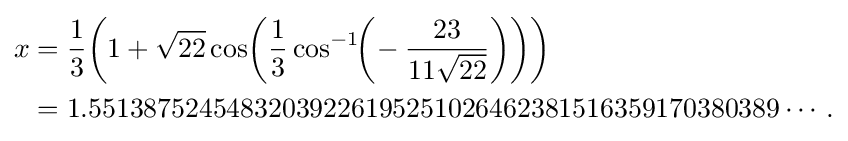
{\begin{aligned}x&={1 \over 3}{\bigg (}1+{\sqrt {22}}\cos \!{\bigg (}{1 \over 3}\cos ^{-1}\!\!{\bigg (}\!-{23 \over 11{\sqrt {22}}}{\bigg )}{\bigg )}{\bigg )}\\&=1.55138752454832039226195251026462381516359170380389\cdots .\end{aligned}}